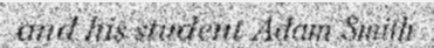
and his student Adam Smith